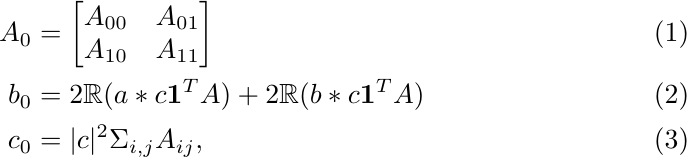
\begin{align}
A_0 &= \begin{bmatrix} A_{00} & A_{01} \\
A_{10} & A_{11}
\end{bmatrix}\\
b_0 &= 2\mathbb{R}(a*c\mathbf{1}^TA)+2\mathbb{R}(b*c\mathbf{1}^TA)\\
c_0 &= |c|^2\Sigma_{i,j}A_{ij},
\end{align}